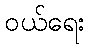
ဝယ်ရေး